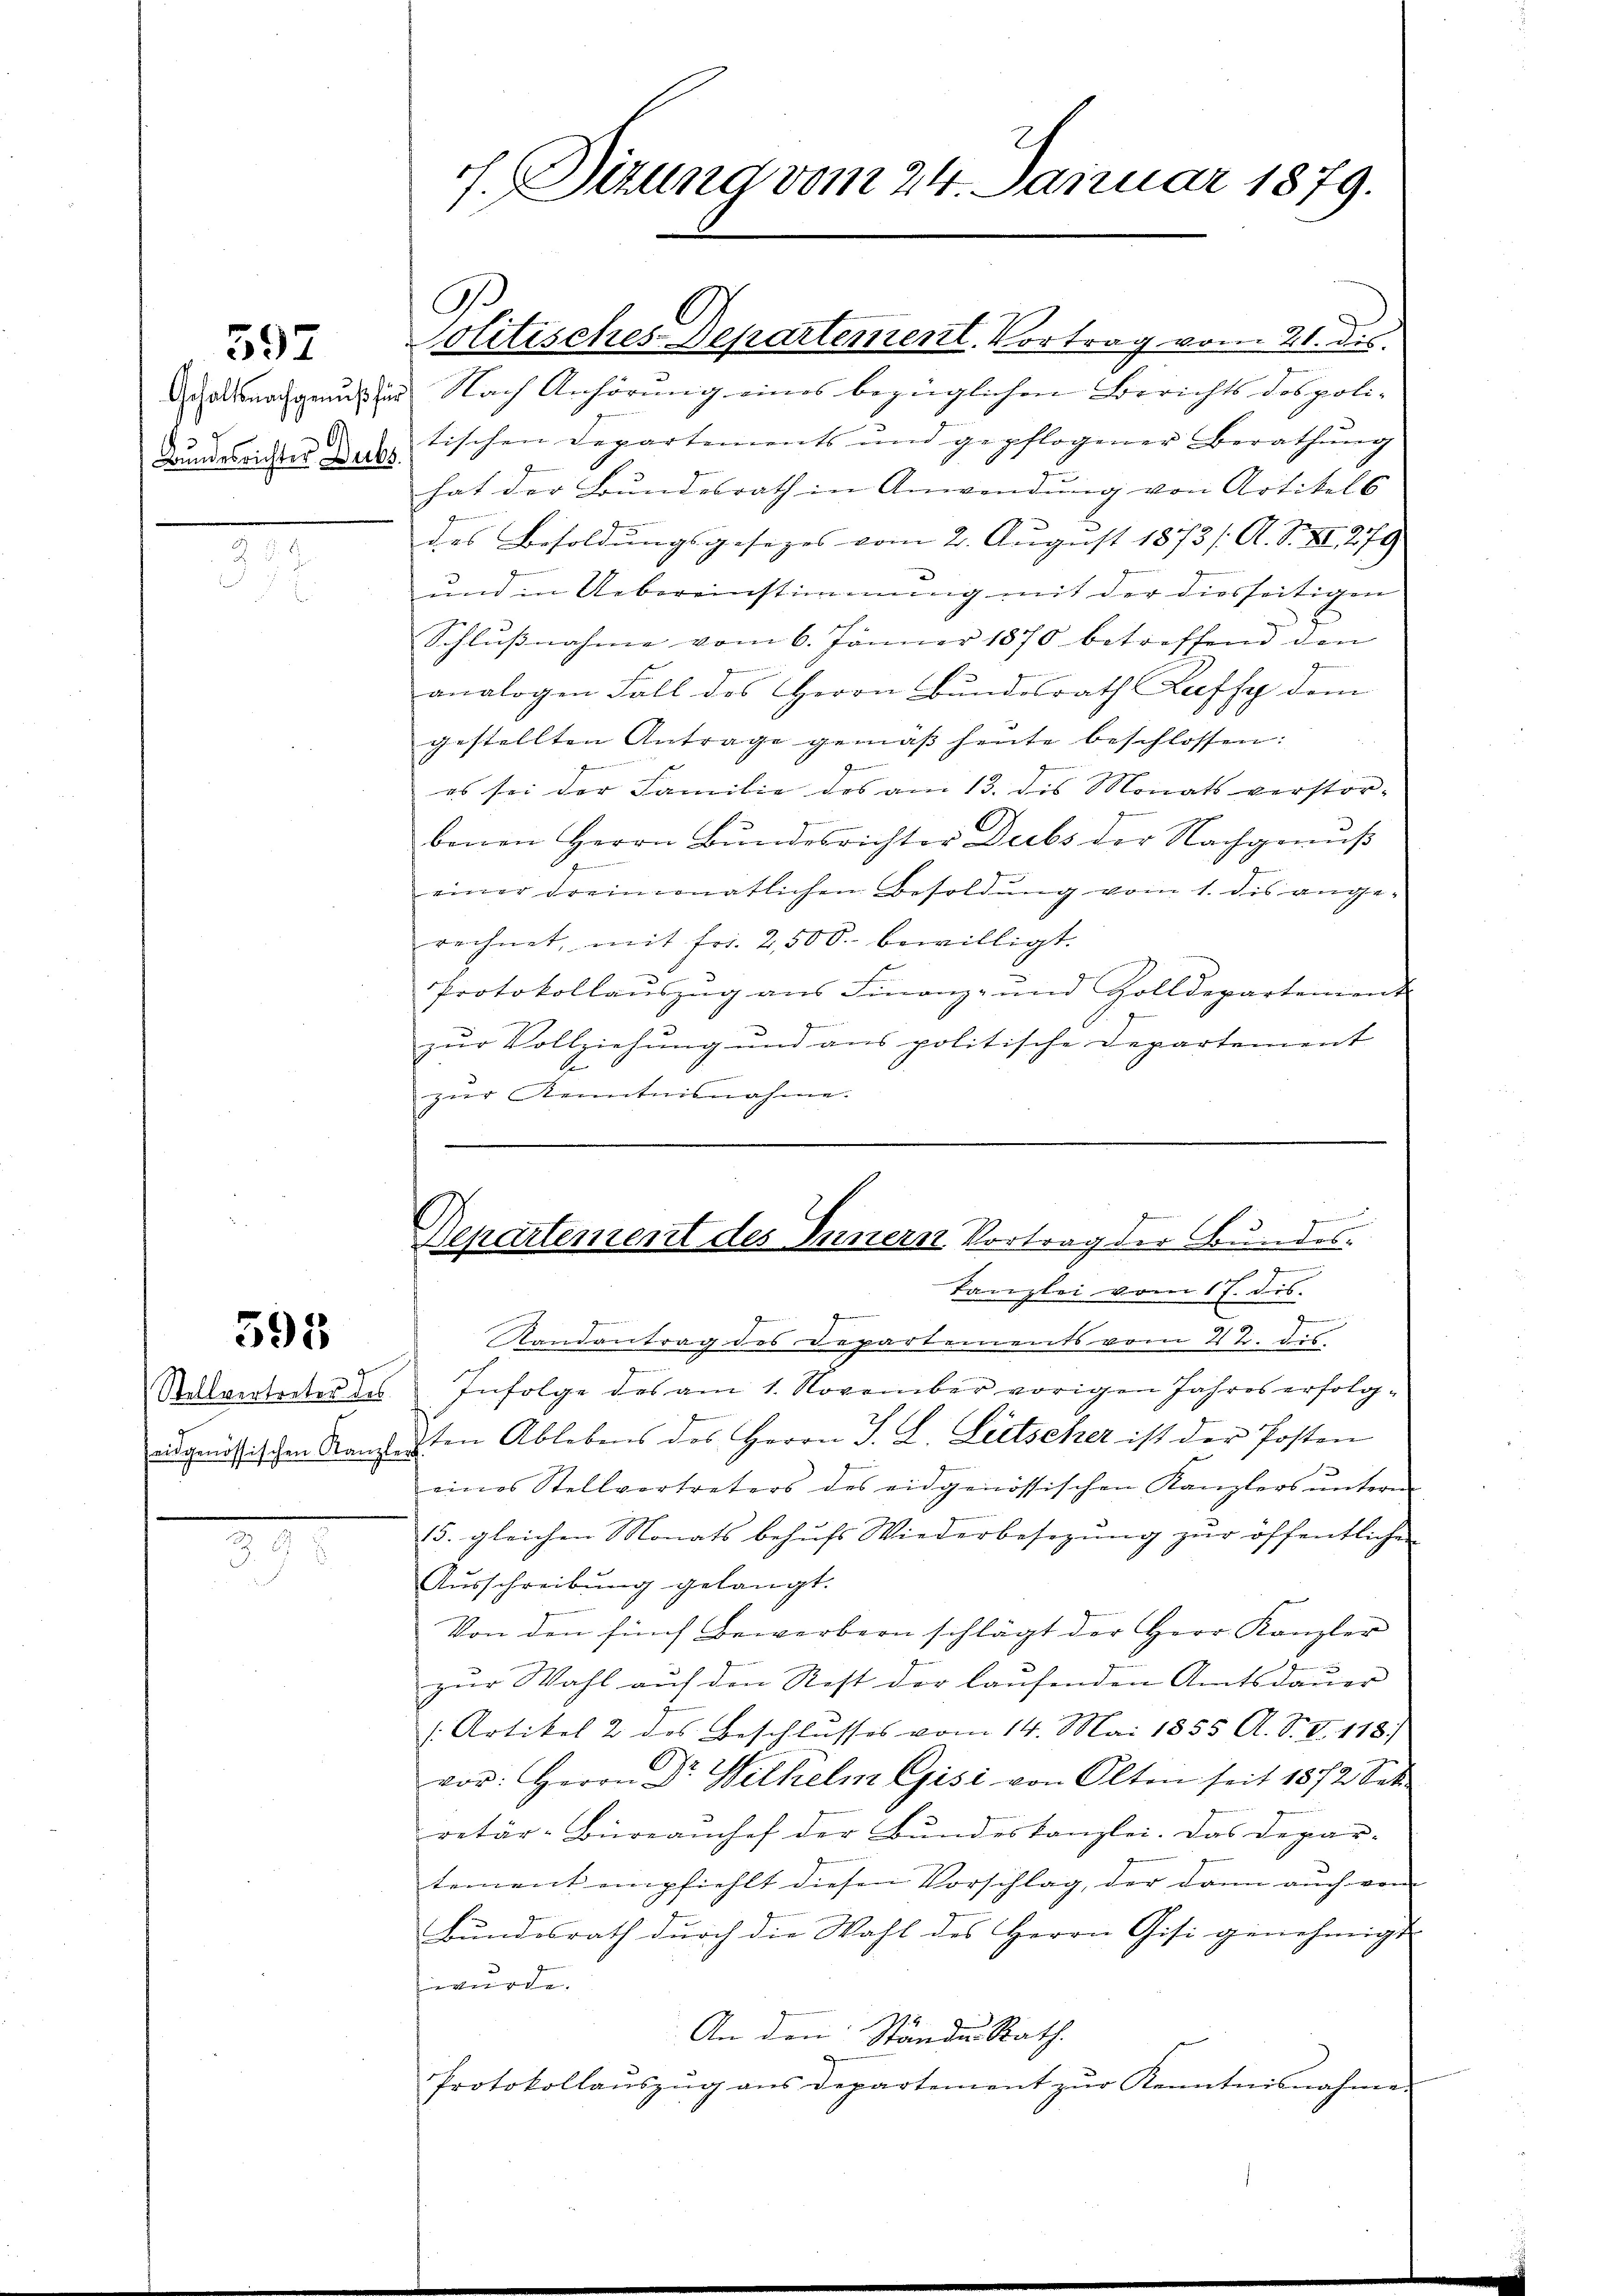
597

Gehaltsnachgenuß fü
Bundesrichter Dubs

595

Stellvertreter des
eidgenössischen Kanzle

4
f. Sizung vom 24. Januar 1879.

G.

Nach Anhörmig eines bezüglichen Berichts des poli-
tischen Departements und gepflogener Berathung
hat der Bundesrath in Anwendung von Artikels
des Besoldungsgesezes vom 2. August 1873 /: A. S. XI. 279
und in Uebereinstimmung mit der diesseitigen
Schlußnahme vom 6. Jänner 1870 betreffend den
n
i
analogen Fall des Herrn Bundesrath Raffy dem
gestellten Antrage gemäß heute beschlossen:
z
es sei der Familie des am 13. dis Monats verstor-
benen Herrn Bundesrichter Dubs der Nachgenuß
.
einer dreimonatlichen Besoldŭng vom 1. dis ange-
rechnet, mit Fr. 2500. bewilligt.
i
Protokollaŭszŭg ans Finanz- und Zolldepartement
zur Vollziehung und ans politische Departement
se
zur Kenntnisnahme.
ge
Departement des Innern Vortrag der Bundes-
e
Kanzlei vom 17. dis.
u
Randantrag des Departements vom 2 tr. dis-
Infolge des am 1. November vorigen Jahres erfolgsten Ablebens des Herrn J. L. Litscher ist der Posten
1
eines Stellvertreters des eidgenössischen Kanzlers ŭntern
15. gleichen Monats behufs Wiederbesezung zur öffentliche
Ausschreibung gelangt.
Von den fünf Bewerbern schlägt der Herr Kanzler
zŭr Wahl aŭf den Rest der laŭfenden Amtsdaŭer
[:Artikel 2 des Beschlusses vom 14. Mai 1855 A. S. V. 118.
C
vor: Herrn Dr. Wilhelm Gisi von Olten seit 1872 Sek
retär-Büreamhof der Bundeskanzlei. Das Depar-
tement empfiehlt diesen Vorschlag, der dann auch vom
Bundesrath durch die Wahl des Herrn Gisi genehmigt
weg ge
An den Ständen Rath.
Protokollanszŭg ans Departement zŭr Kenntnisnahme.

Jolitisches Departement. Vortrag vom 21. dis.